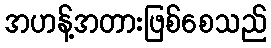
အဟန့်အတားဖြစ်စေသည်